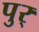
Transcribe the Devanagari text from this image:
पुर्